Annual report of the Punjab Veterinary College and of the Civil Veterinary Department, Punjab - 1909-1919
Year: 1909
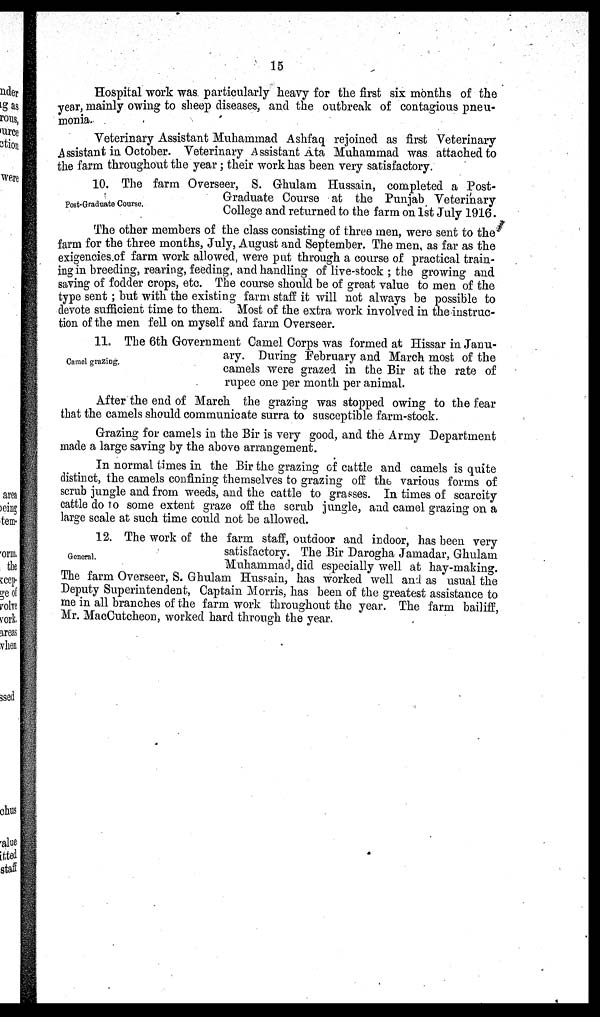
15
Hospital work was particularly heavy for the first six months of the
year, mainly owing to sheep diseases, and the outbreak of contagious pneu-
monia.
Veterinary Assistant Muhammad Ashfaq rejoined as first Veterinary
Assistant in October. Veterinary Assistant Ata Muhammad was attached to
the farm throughout the year ; their work has been very satisfactory.
Post-Graduate Course,
10. The farm Overseer, S. Ghulam Hussain, completed a Post-
Graduate Course at the Punjab Veterinary
College and returned to the farm on 1st July 1916.
The other members of the class consisting of three men, were sent to the
farm for the three months, July, August and September. The men, as far as the
exigencies.of farm work allowed, were put through a course of practical train-
ing in breeding, rearing, feeding, and handling of live-stock ; the growing and
saving of fodder crops, etc. The course should be of great value to men of the
type sent ; but with the existing farm staff it will not always be possible to
devote sufficient time to them. Most of the extra work involved in the instruc-
tion of the men fell on myself and farm Overseer.
Camel grazirig.
11. The 6th Government Camel Corps was formed at Hissar in Janu-
ary. During February and March most of the
camels were grazed in the Bir at the rate of
rupee one per month per animal.
After the end of March the grazing was stopped owing to the fear
that the camels should communicate surra to susceptible farm-stock.
Grazing for camels in the Bir is very good, and the Army Department
made a large saving by the above arrangement.
In normal times in the Bir the grazing of cattle and camels is quite
distinct, the camels confining themselves to grazing off the various forms of
scrub jungle and from weeds, and the cattle to grasses. In times of scarcity
cattle do to some extent graze off the scrub jungle, and camel grazing on a
large scale at such time could not be allowed.
General.
12. The work of the farm staff, outdoor and indoor, has been very
satisfactory. The Bir Darogha Jamadar, Ghulam
Muhammad, did especially well at hay-making.
The farm Overseer, S. Ghulam. Hussain, has worked well and as usual the
Deputy Superintendent, Captain Morris, has been of the greatest assistance to
me in all branches of the farm work throughout the year. The farm bailiff,
Mr. MacCutcheon, worked hard through the year.